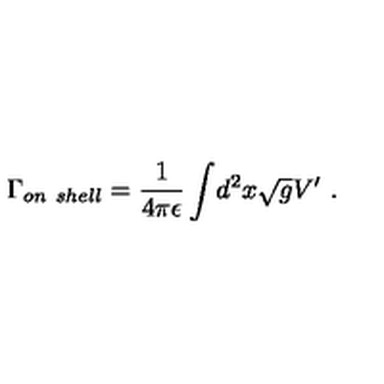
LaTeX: { \Gamma _ { o n \ s h e l l } } = { \frac { 1 } { 4 \pi \epsilon } } \int \! d ^ { 2 } x \sqrt { g } V ^ { \prime } \ .